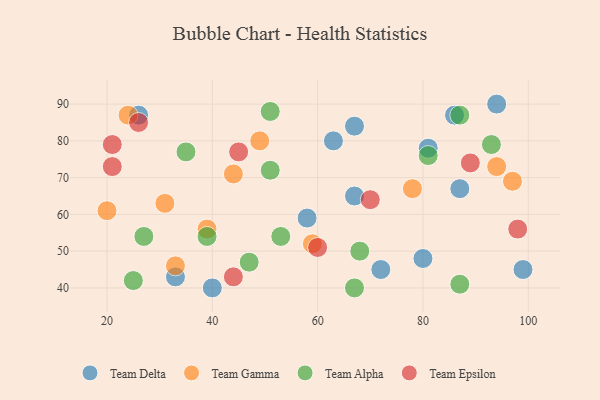
{"axis": {"x": "GDP", "y": "Life Expectancy"}, "legend": ["Team Alpha", "Team Delta", "Team Epsilon", "Team Gamma"], "data": [{"x": "94", "y": 90, "type": "Team Delta"}, {"x": "80", "y": 48, "type": "Team Delta"}, {"x": "26", "y": 87, "type": "Team Delta"}, {"x": "67", "y": 84, "type": "Team Delta"}, {"x": "87", "y": 67, "type": "Team Delta"}, {"x": "40", "y": 40, "type": "Team Delta"}, {"x": "72", "y": 45, "type": "Team Delta"}, {"x": "33", "y": 43, "type": "Team Delta"}, {"x": "67", "y": 65, "type": "Team Delta"}, {"x": "81", "y": 78, "type": "Team Delta"}, {"x": "58", "y": 59, "type": "Team Delta"}, {"x": "63", "y": 80, "type": "Team Delta"}, {"x": "86", "y": 87, "type": "Team Delta"}, {"x": "99", "y": 45, "type": "Team Delta"}, {"x": "33", "y": 46, "type": "Team Gamma"}, {"x": "59", "y": 52, "type": "Team Gamma"}, {"x": "49", "y": 80, "type": "Team Gamma"}, {"x": "94", "y": 73, "type": "Team Gamma"}, {"x": "97", "y": 69, "type": "Team Gamma"}, {"x": "39", "y": 56, "type": "Team Gamma"}, {"x": "20", "y": 61, "type": "Team Gamma"}, {"x": "44", "y": 71, "type": "Team Gamma"}, {"x": "24", "y": 87, "type": "Team Gamma"}, {"x": "31", "y": 63, "type": "Team Gamma"}, {"x": "78", "y": 67, "type": "Team Gamma"}, {"x": "39", "y": 54, "type": "Team Alpha"}, {"x": "87", "y": 41, "type": "Team Alpha"}, {"x": "67", "y": 40, "type": "Team Alpha"}, {"x": "93", "y": 79, "type": "Team Alpha"}, {"x": "87", "y": 87, "type": "Team Alpha"}, {"x": "25", "y": 42, "type": "Team Alpha"}, {"x": "35", "y": 77, "type": "Team Alpha"}, {"x": "68", "y": 50, "type": "Team Alpha"}, {"x": "53", "y": 54, "type": "Team Alpha"}, {"x": "27", "y": 54, "type": "Team Alpha"}, {"x": "81", "y": 76, "type": "Team Alpha"}, {"x": "47", "y": 47, "type": "Team Alpha"}, {"x": "51", "y": 72, "type": "Team Alpha"}, {"x": "51", "y": 88, "type": "Team Alpha"}, {"x": "98", "y": 56, "type": "Team Epsilon"}, {"x": "21", "y": 73, "type": "Team Epsilon"}, {"x": "60", "y": 51, "type": "Team Epsilon"}, {"x": "44", "y": 43, "type": "Team Epsilon"}, {"x": "70", "y": 64, "type": "Team Epsilon"}, {"x": "89", "y": 74, "type": "Team Epsilon"}, {"x": "26", "y": 85, "type": "Team Epsilon"}, {"x": "21", "y": 79, "type": "Team Epsilon"}, {"x": "45", "y": 77, "type": "Team Epsilon"}]}